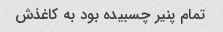
تمام پنیر چسبیده بود به کاغذش